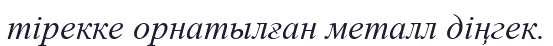
тірекке орнатылған металл діңгек.